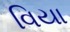
વિયા